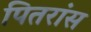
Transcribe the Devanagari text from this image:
पितरांस